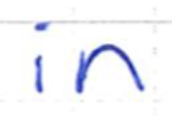
Text: in
Cross-out: clean
Writing tool: ballpoint